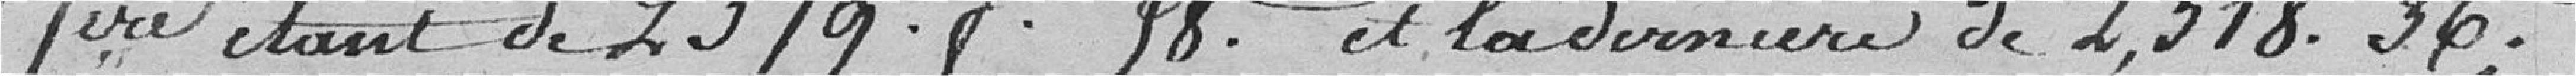
1ère étant de 2 979 francs 98 centimes et la dernière de 2 318,36 francs.